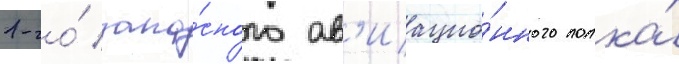
1-го́ запа́сного ав'иацио́нного полка́